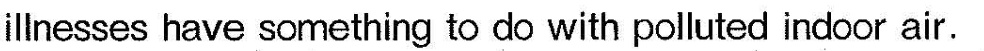
illnesses have something to do with polluted indoor air.